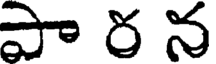
పా ర న